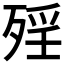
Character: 𣨮